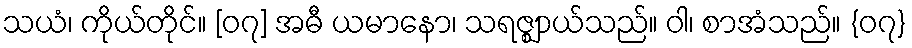
သယံ၊ ကိုယ်တိုင်။ [၀၇] အဓီ ယမာနော၊ သရဇ္ဈာယ်သည်။ ဝါ၊ စာအံသည်။ {၀၇}